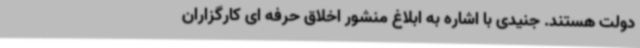
دولت هستند. جنیدی با اشاره به ابلاغ منشور اخلاق حرفه ای کارگزاران